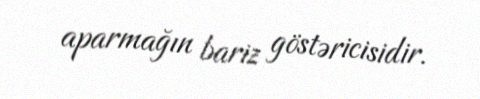
aparmağın bariz göstəricisidir.